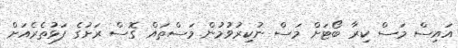
އައިސް މަސް ކިރާ ބޯޓަށް މަސް ނުކިރުވުމުން މަސްތައް ގޮސް ރަށުގެ ފަޅުތެރެއަށް